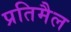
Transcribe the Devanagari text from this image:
प्रतिमैल